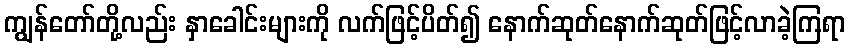
ကျွန်တော်တို့လည်း နှာခေါင်းများကို လက်ဖြင့်ပိတ်၍ နောက်ဆုတ်နောက်ဆုတ်ဖြင့်လာခဲ့ကြရာ